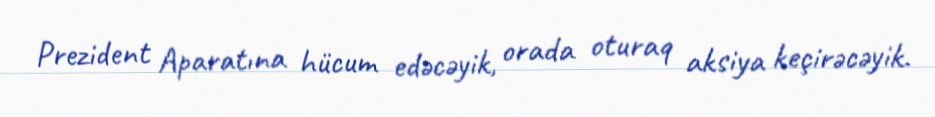
Prezident Aparatına hücum edəcəyik, orada oturaq aksiya keçirəcəyik.